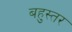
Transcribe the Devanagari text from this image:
बहुस्तर